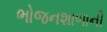
ભોજનશાળાની